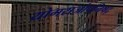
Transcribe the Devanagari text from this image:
योगराजोपनिषद्